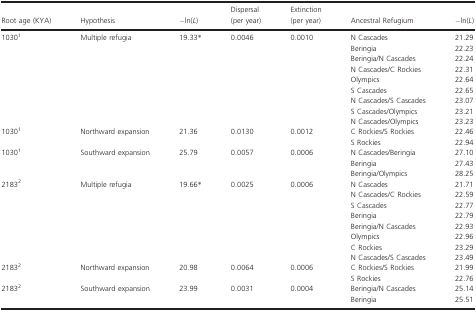
<table><thead><tr><td><b>Root age (KYA)</b></td><td><b>Hypothesis</b></td><td><b>−ln(<i>L</i>)</b></td><td><b>Dispersal (per year)</b></td><td><b>Extinction (per year)</b></td><td><b>Ancestral Refugium</b></td><td><b>−ln(<i>L</i>)</b></td></tr></thead><tbody><tr><td rowspan="9">10301</td><td rowspan="9">Multiple refugia</td><td rowspan="9">19.33*</td><td rowspan="9">0.0046</td><td rowspan="9">0.0010</td><td>N Cascades</td><td>21.29</td></tr><tr><td>Beringia</td><td>22.23</td></tr><tr><td>Beringia/N Cascades</td><td>22.24</td></tr><tr><td>N Cascades/C Rockies</td><td>22.31</td></tr><tr><td>Olympics</td><td>22.64</td></tr><tr><td>S Cascades</td><td>22.65</td></tr><tr><td>N Cascades/S Cascades</td><td>23.07</td></tr><tr><td>S Cascades/Olympics</td><td>23.21</td></tr><tr><td>N Cascades/Olympics</td><td>23.23</td></tr><tr><td rowspan="2">10301</td><td rowspan="2">Northward expansion</td><td rowspan="2">21.36</td><td rowspan="2">0.0130</td><td rowspan="2">0.0012</td><td>C Rockies/S Rockies</td><td>22.46</td></tr><tr><td>S Rockies</td><td>22.94</td></tr><tr><td rowspan="3">10301</td><td rowspan="3">Southward expansion</td><td rowspan="3">25.79</td><td rowspan="3">0.0057</td><td rowspan="3">0.0006</td><td>N Cascades/Beringia</td><td>27.10</td></tr><tr><td>Beringia</td><td>27.43</td></tr><tr><td>Beringia/Olympics</td><td>28.25</td></tr><tr><td rowspan="8">21832</td><td rowspan="8">Multiple refugia</td><td rowspan="8">19.66*</td><td rowspan="8">0.0025</td><td rowspan="8">0.0006</td><td>N Cascades</td><td>21.71</td></tr><tr><td>N Cascades/C Rockies</td><td>22.59</td></tr><tr><td>S Cascades</td><td>22.77</td></tr><tr><td>Beringia</td><td>22.79</td></tr><tr><td>Beringia/N Cascades</td><td>22.93</td></tr><tr><td>Olympics</td><td>22.96</td></tr><tr><td>C Rockies</td><td>23.29</td></tr><tr><td>N Cascades/S Cascades</td><td>23.49</td></tr><tr><td rowspan="2">21832</td><td rowspan="2">Northward expansion</td><td rowspan="2">20.98</td><td rowspan="2">0.0064</td><td rowspan="2">0.0006</td><td>C Rockies/S Rockies</td><td>21.99</td></tr><tr><td>S Rockies</td><td>22.76</td></tr><tr><td rowspan="2">21832</td><td rowspan="2">Southward expansion</td><td rowspan="2">23.99</td><td rowspan="2">0.0031</td><td rowspan="2">0.0004</td><td>Beringia/N Cascades</td><td>25.14</td></tr><tr><td>Beringia</td><td>25.51</td></tr></tbody></table>